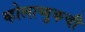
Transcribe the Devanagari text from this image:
व्होलाप्युकची